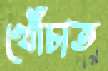
খোঁচাত